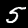
Digit: 5